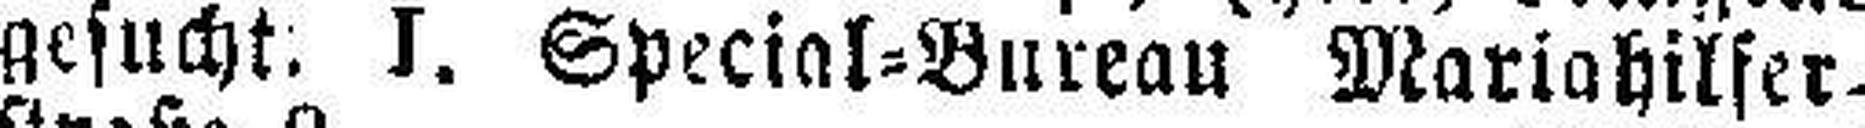
gesucht. I. Special=Bureau Mariahilfer¬